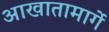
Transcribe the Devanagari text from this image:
आखातामार्गे